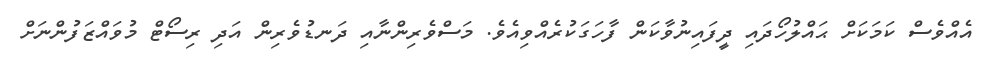
އެއްވެސް ކަމަކަށް ޙައްލުހޯދައި ދީފައިނުވާކަން ފާހަގަކުރެއްވިއެވެ. މަސްވެރިންނާއި ދަނޑުވެރިން އަދި ރިސޯޓް މުވައްޒަފުންނަށް